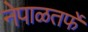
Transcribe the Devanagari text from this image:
नेपाळतर्फे